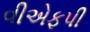
વીએફપી